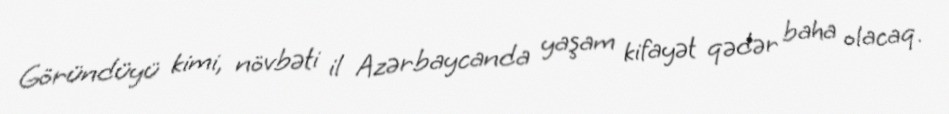
Göründüyü kimi, növbəti il Azərbaycanda yaşam kifayət qədər baha olacaq.